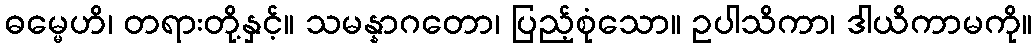
ဓမ္မေဟိ၊ တရားတို့နှင့်။ သမန္နာဂတော၊ ပြည့်စုံသော။ ဥပါသိကာ၊ ဒါယိကာမကို။